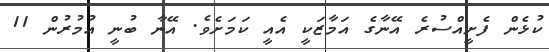
ކުޅެން ފެށީއްސުރެ އޭނާގެ އަމާޒަކީ އެއީ ކަމަށެވެ. އޭނާ ބުނީ އުމުރުން 11